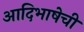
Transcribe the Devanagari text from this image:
आदिभाषेची